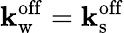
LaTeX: \mathbf{k}_{\mathrm{{w}}}^{\mathrm{{off}}}=\mathbf{k}_{\mathrm{{s}}}^{\mathrm{{off}}}